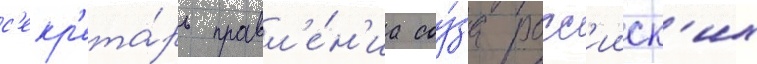
с'екр'ета́рь правл'е́н'иа соу́за росс'ииск'их